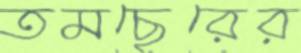
তমছেরের